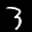
Label: 3